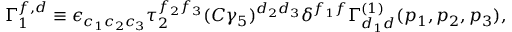
\Gamma _ { 1 } ^ { f , d } \equiv \epsilon _ { c _ { 1 } c _ { 2 } c _ { 3 } } \tau _ { 2 } ^ { f _ { 2 } f _ { 3 } } ( C \gamma _ { 5 } ) ^ { d _ { 2 } d _ { 3 } } \delta ^ { f _ { 1 } f } { \Gamma } _ { d _ { 1 } d } ^ { ( 1 ) } ( p _ { 1 } , p _ { 2 } , p _ { 3 } ) ,